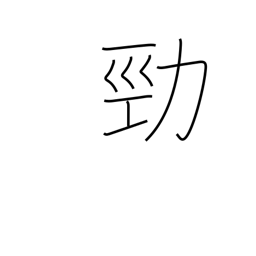
Meaning: strong